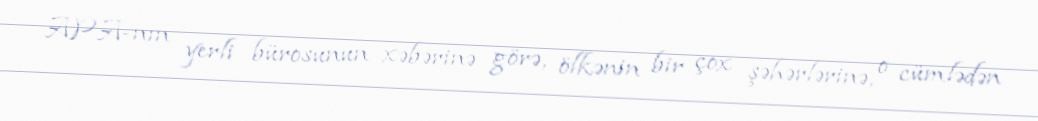
APA-nın yerli bürosunun xəbərinə görə, ölkənin bir çox şəhərlərinə, o cümlədən